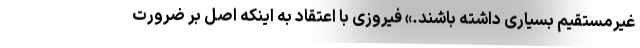
غیرمستقیم بسیاری داشته باشند.» فیروزی با اعتقاد به اینکه اصل بر ضرورت